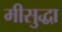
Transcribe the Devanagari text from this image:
मीसुद्धा